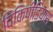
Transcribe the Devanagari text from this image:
विकिपीडियास